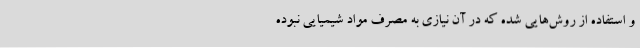
و استفاده از روش‌هایی شده که در آن نیازی به مصرف مواد شیمیایی نبوده